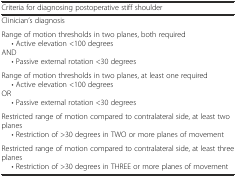
<table><thead><tr><td><b>Criteria for diagnosing postoperative stiff shoulder</b></td></tr></thead><tbody><tr><td>Clinician’s diagnosis</td></tr><tr><td>Range of motion thresholds in two planes, both required• Active elevation &lt;100 degreesAND• Passive external rotation &lt;30 degrees</td></tr><tr><td>Range of motion thresholds in two planes, at least one required• Active elevation &lt;100 degreesOR• Passive external rotation &lt;30 degrees</td></tr><tr><td>Restricted range of motion compared to contralateral side, at least two planes• Restriction of &gt;30 degrees in TWO or more planes of movement</td></tr><tr><td>Restricted range of motion compared to contralateral side, at least three planes• Restriction of &gt;30 degrees in THREE or more planes of movement</td></tr></tbody></table>